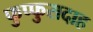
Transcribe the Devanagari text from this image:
फुप्फुसदाह